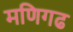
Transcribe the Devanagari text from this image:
मणिगढ